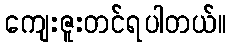
ကျေးဇူးတင်ရပါတယ်။